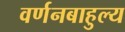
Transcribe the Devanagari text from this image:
वर्णनबाहुल्य